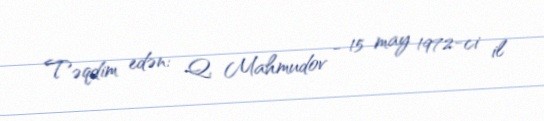
Təqdim edən: Q. Mahmudov - 15 may 1972-ci il